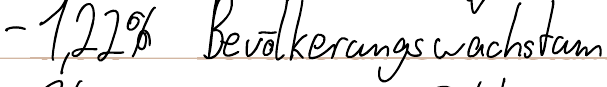
- 1,22% Bevölkerungswachstum